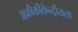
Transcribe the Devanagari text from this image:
अफ्रीकीकेन्द्रीयता